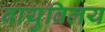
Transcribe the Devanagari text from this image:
वायुविलय